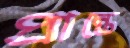
প্রান্তে